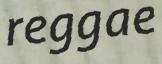
reggae